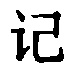
记